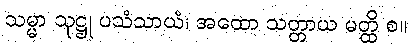
သမ္မာ သုဋ္ဌု ပသံသာယံ၊ အထော သတ္တာယ မတ္ထိ စ။